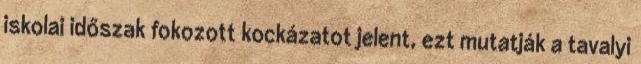
iskolai időszak fokozott kockázatot jelent, ezt mutatják a tavalyi